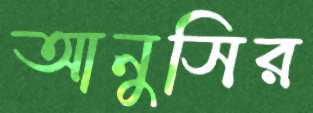
আনুসির